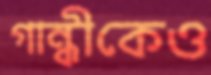
গান্ধীকেও